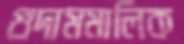
গুদামমালিক